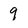
Character: 9